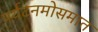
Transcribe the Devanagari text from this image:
पर्यटनमोसमात